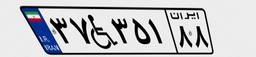
۳۷W۳۵۱۸۸